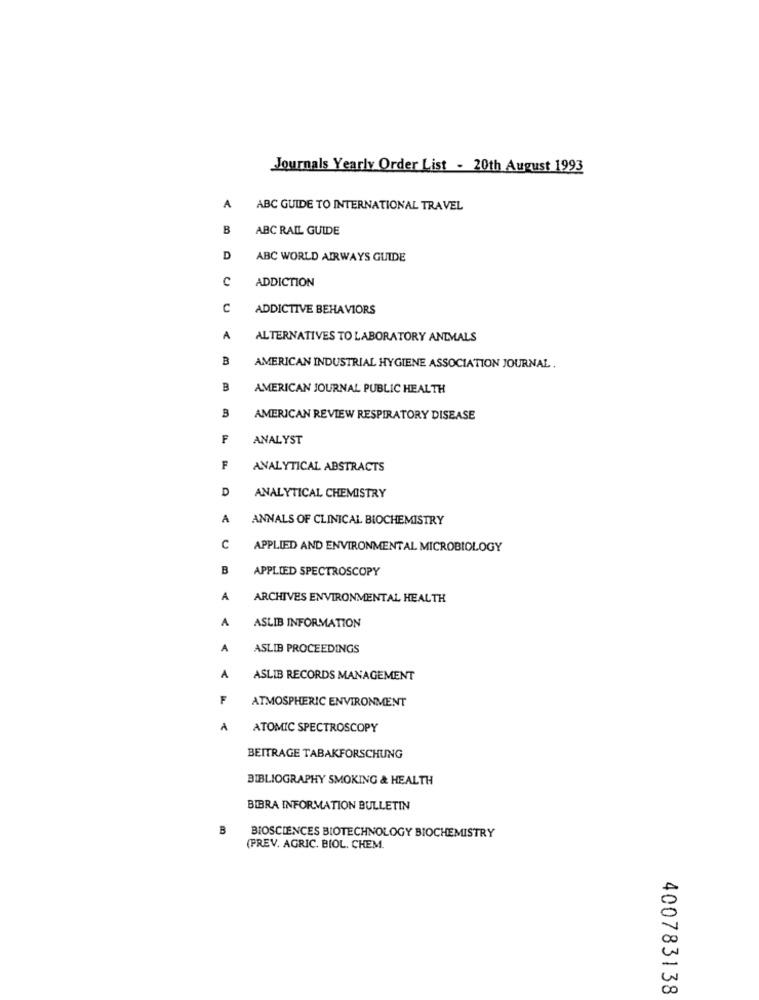
Journals Yearly Order List - 20th August 1993
A
ABC GUIDE TO INTERNATIONAL TRAVEL
B
ABC RAIL GUIDE
D
ABC WORLD AIRWAYS GUIDE
C
ADDICTION
C
ADDICTIVE BEHAVIORS
A
ALTERNATIVES TO LABORATORY ANIMALS
B
AMERICAN INDUSTRIAL HYGIENE ASSOCIATION JOURNAL.
B
AMERICAN JOURNAL PUBLIC HEALTH
B
AMERICAN REVIEW RESPIRATORY DISEASE
F
ANALYST
F
ANALYTICAL ABSTRACTS
D
ANALYTICAL CHEMISTRY
A
ANNALS OF CLINICAL BIOCHEMISTRY
C
APPLIED AND ENVIRONMENTAL MICROBIOLOGY
B
APPLIED SPECTROSCOPY
A
ARCHIVES ENVIRONMENTAL HEALTH
A
ASLIB INFORMATION
A
ASLIB PROCEEDINGS
A
ASLIB RECORDS MANAGEMENT
F
ATMOSPHERIC ENVIRONMENT
A
ATOMIC SPECTROSCOPY
BEITRAGE TABAKFORSCHUNG
BIBLIOGRAPHY SMOKING & HEALTH
BIBRA INFORMATION BULLETIN
B
BIOSCIENCES BIOTECHNOLOGY BIOCHEMISTRY
(PREV. AGRIC. BIOL. CHEM.
400783138